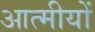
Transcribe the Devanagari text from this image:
आत्मीयों